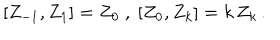
[ Z _ { - 1 } , Z _ { 1 } ] = Z _ { 0 } \ , \ [ Z _ { 0 } , Z _ { k } ] = k \, Z _ { k } \, .